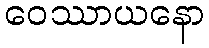
ဝေဿာယနော